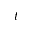
t